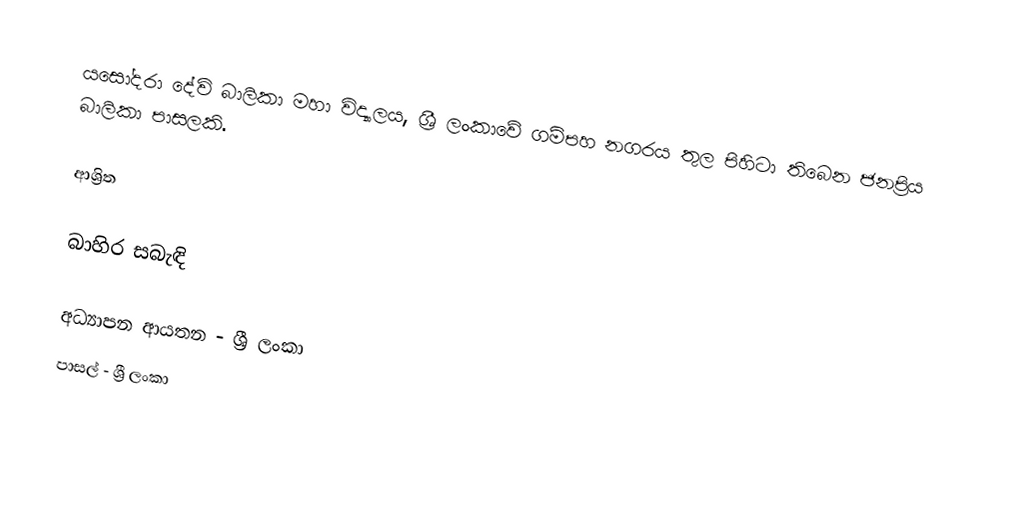
යසෝදරා දේවි බාලිකා මහා විද්‍යාලය, ශ්‍රී ලංකාවේ ගම්පහ නගරය තුල පිහිටා තිබෙන ජනප්‍රිය බාලිකා පාසලකි.

ආශ්‍රිත

බාහිර සබැඳි

අධ්‍යාපන ආයතන - ශ්‍රී ලංකා
පාසල් - ශ්‍රී ලංකා